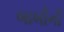
બાબીની